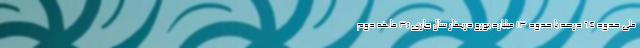
ملی حدود 64 درصد یا حدود 13 میلیارد یورو دربهار سال جاری (3 ماهه دوم